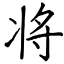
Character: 将